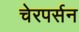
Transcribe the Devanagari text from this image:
चेरपर्सन